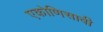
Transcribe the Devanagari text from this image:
एकोणिसावी